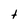
Character: t